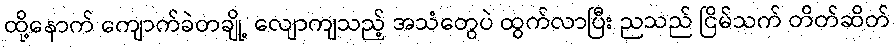
ထို့နောက် ကျောက်ခဲတချို့ လျောကျသည့် အသံတွေပဲ ထွက်လာပြီး ညသည် ငြိမ်သက် တိတ်ဆိတ်